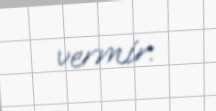
vermir.